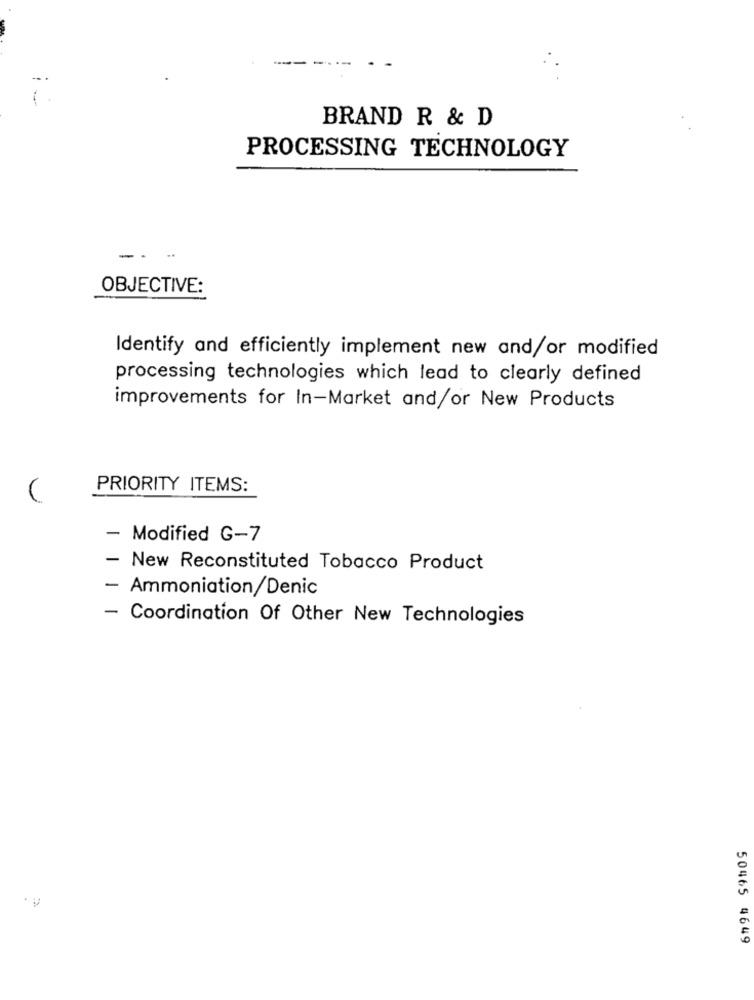
--.
--
BRAND R & D
PROCESSING TECHNOLOGY
-- -
OBJECTIVE:
Identify and efficiently implement new and/or modified
processing technologies which lead to clearly defined
improvements for In-Market and/or New Products
PRIORITY ITEMS:
-
Modified G-7
-
New Reconstituted Tobacco Product
- Ammoniation/Denic
-
Coordination Of Other New Technologies
50465 4649